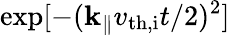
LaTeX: \exp[-(\mathbf{k}_{\parallel}v_{\mathrm{{th,i}}}t/2)^{2}]